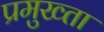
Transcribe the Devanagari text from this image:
प्रमुख्ता